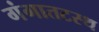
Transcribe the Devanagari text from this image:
गंगातटस्थ